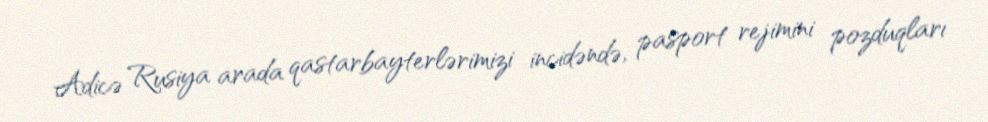
Adicə Rusiya arada qastarbayterlərimizi incidəndə, pasport rejimini pozduqları